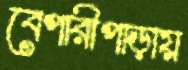
বেপারীপাড়ায়